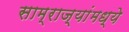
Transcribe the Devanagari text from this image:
साम्राज्यांमध्ये